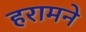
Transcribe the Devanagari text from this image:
हरामने